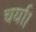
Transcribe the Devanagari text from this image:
चर्या।